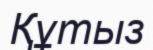
Құтыз